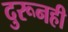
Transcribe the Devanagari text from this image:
दुरूनही